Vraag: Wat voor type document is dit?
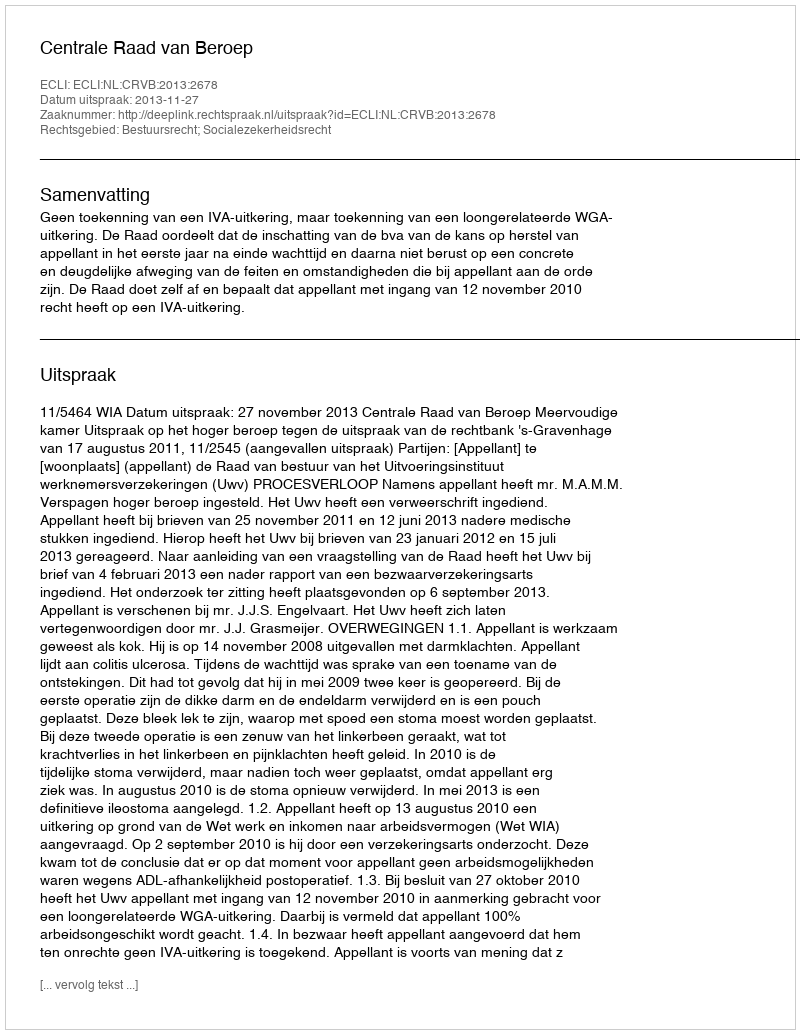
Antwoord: Uitspraak